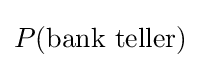
P({\text{bank teller}})